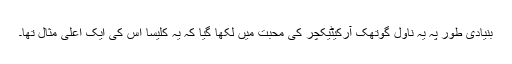
بنیادی طور پہ یہ ناول گوتھک آرکیٹیکچر کی محبت میں لکھا گیا کہ یہ کلیسا اس کی ایک اعلیٰ مثال تھا۔